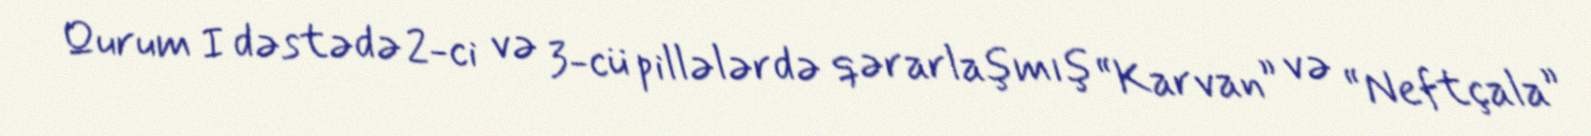
Qurum I dəstədə 2-ci və 3-cü pillələrdə qərarlaşmış “Karvan” və “Neftçala”